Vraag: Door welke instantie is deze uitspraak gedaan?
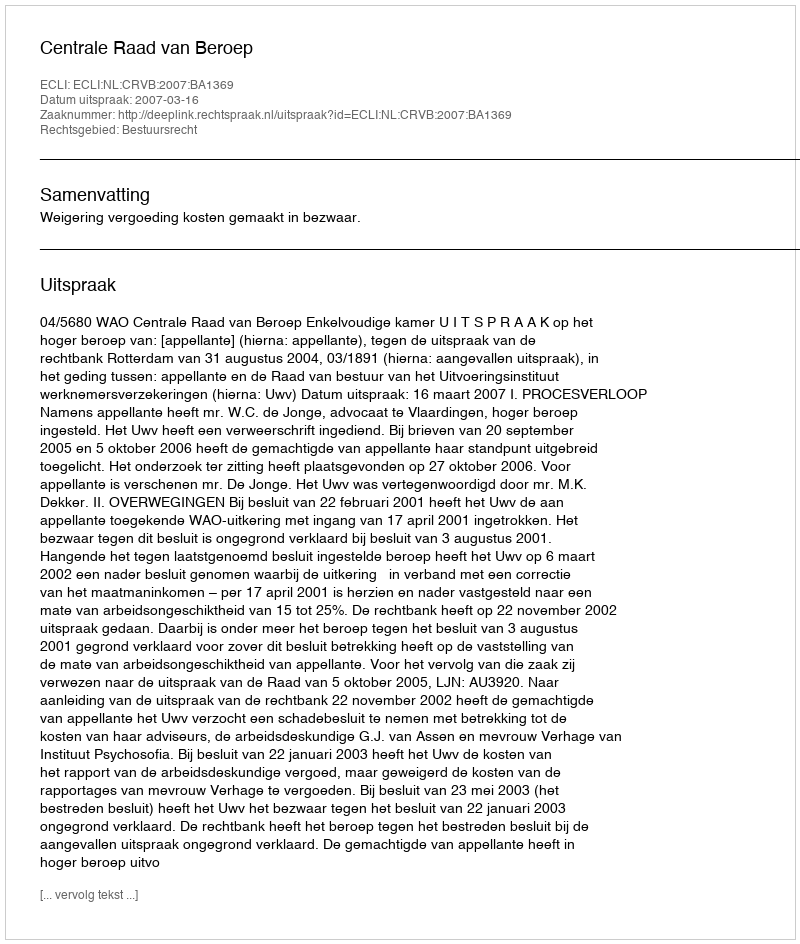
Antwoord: Centrale Raad van Beroep